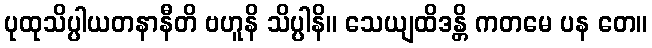
ပုထုသိပ္ပါယတနာနီတိ ဗဟူနိ သိပ္ပါနိ။ သေယျထိဒန္တိ ကတမေ ပန တေ။